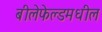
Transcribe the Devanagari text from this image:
बीलेफेल्डमधील